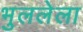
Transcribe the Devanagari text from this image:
भुललेला